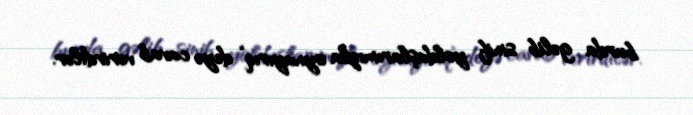
burda gəlib sinif yoldaşlarımızla oynayırıq” deyə cavab verirdilər.